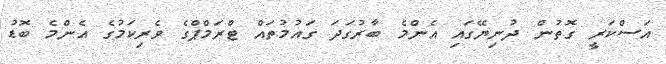
އަސްކަރީ ގޮތުން ދުނިޔޭގައި އެންމެ ބާރުގަދަ ގައުމުތައް ޓްރަމްޕްގެ ވެރިކަމުގެ އެންމެ ބޮޑު